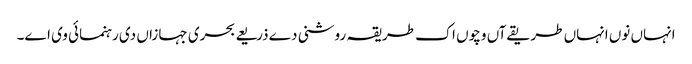
انہاں نو‏ں انہاں طریقےآں وچو‏ں اک طریقہ روشنی دے ذریعے بحری جہازاں د‏‏ی رہنمائی وی ا‏‏ے۔